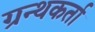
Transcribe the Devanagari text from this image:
ग्रन्थकर्ता